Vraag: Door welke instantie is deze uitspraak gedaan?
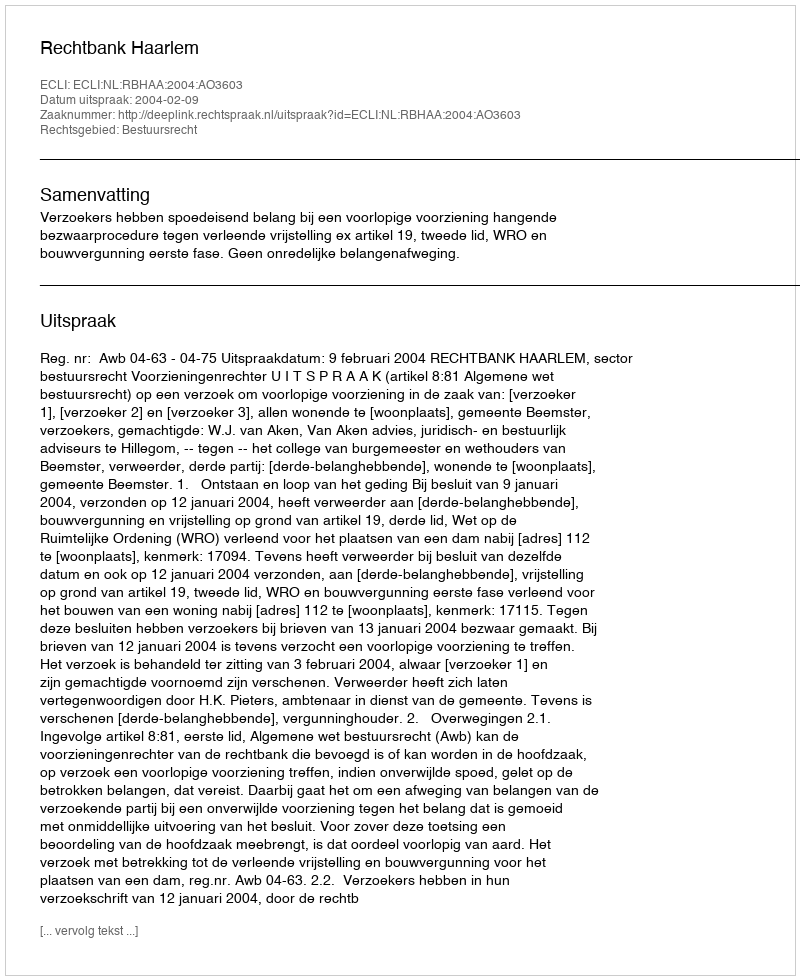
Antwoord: Rechtbank Haarlem